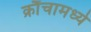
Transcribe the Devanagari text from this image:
क्रौंचामध्ये